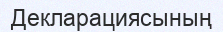
Декларациясының